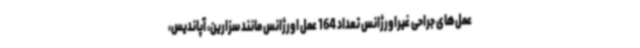
عمل‌های جراحی غیراورژانس تعداد 164 عمل اورژانس مانند سزارین، آپاندیس،